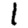
Digit: 1